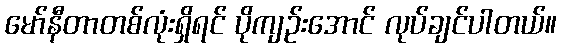
မော်နီတာတစ်လုံးရှိရင် ပိုကျဉ်းအောင် လုပ်ချင်ပါတယ်။